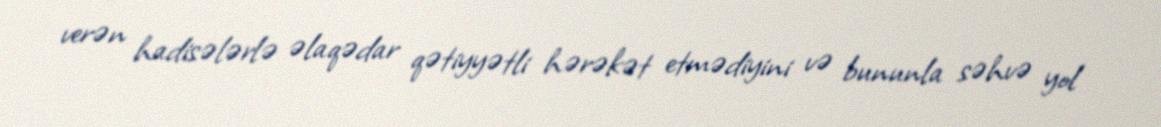
verən hadisələrlə əlaqədar qətiyyətli hərəkət etmədiyini və bununla səhvə yol